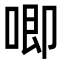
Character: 唧